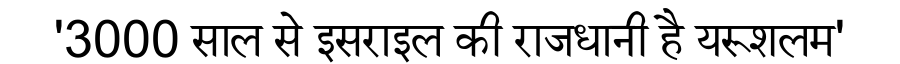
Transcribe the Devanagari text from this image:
'3000 साल से इसराइल की राजधानी है यरूशलम'